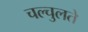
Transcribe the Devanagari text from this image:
चल्चुलते